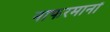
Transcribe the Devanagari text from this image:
नाफरमानों